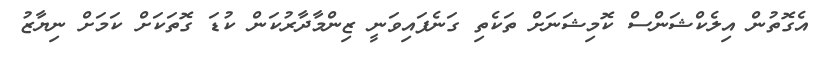
އެގޮތުން އިލެކްޝަންސް ކޮމިޝަނަށް ތަކެތި ގަނެފައިވަނީ ޒިންމާދާރުކަން ކުޑަ ގޮތަކަށް ކަމަށް ނިޔާޒު